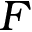
F